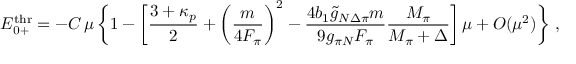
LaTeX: E _ { 0 + } ^ { \mathrm { t h r } } = - C \, \mu \, \biggl \{ 1 - \biggl [ \frac { 3 + \kappa _ { p } } { 2 } + \biggl ( \frac { m } { 4 F _ { \pi } } \biggr ) ^ { 2 } - \frac { 4 b _ { 1 } \tilde { g } _ { N \Delta \pi } m } { 9 g _ { \pi N } F _ { \pi } } \frac { M _ { \pi } } { M _ { \pi } + \Delta } \biggr ] \, \mu + { \cal O } ( \mu ^ { 2 } ) \biggr \} \, \, ,